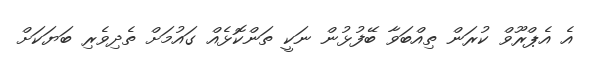
އެ އެޕްރޫވް ކުރަން ތިއްބަވާ ބޭފުޅުން ނަކީ ތަންކޮޅެއް ގައުމަށް ތެދިވެރި ބަޔަކަށް